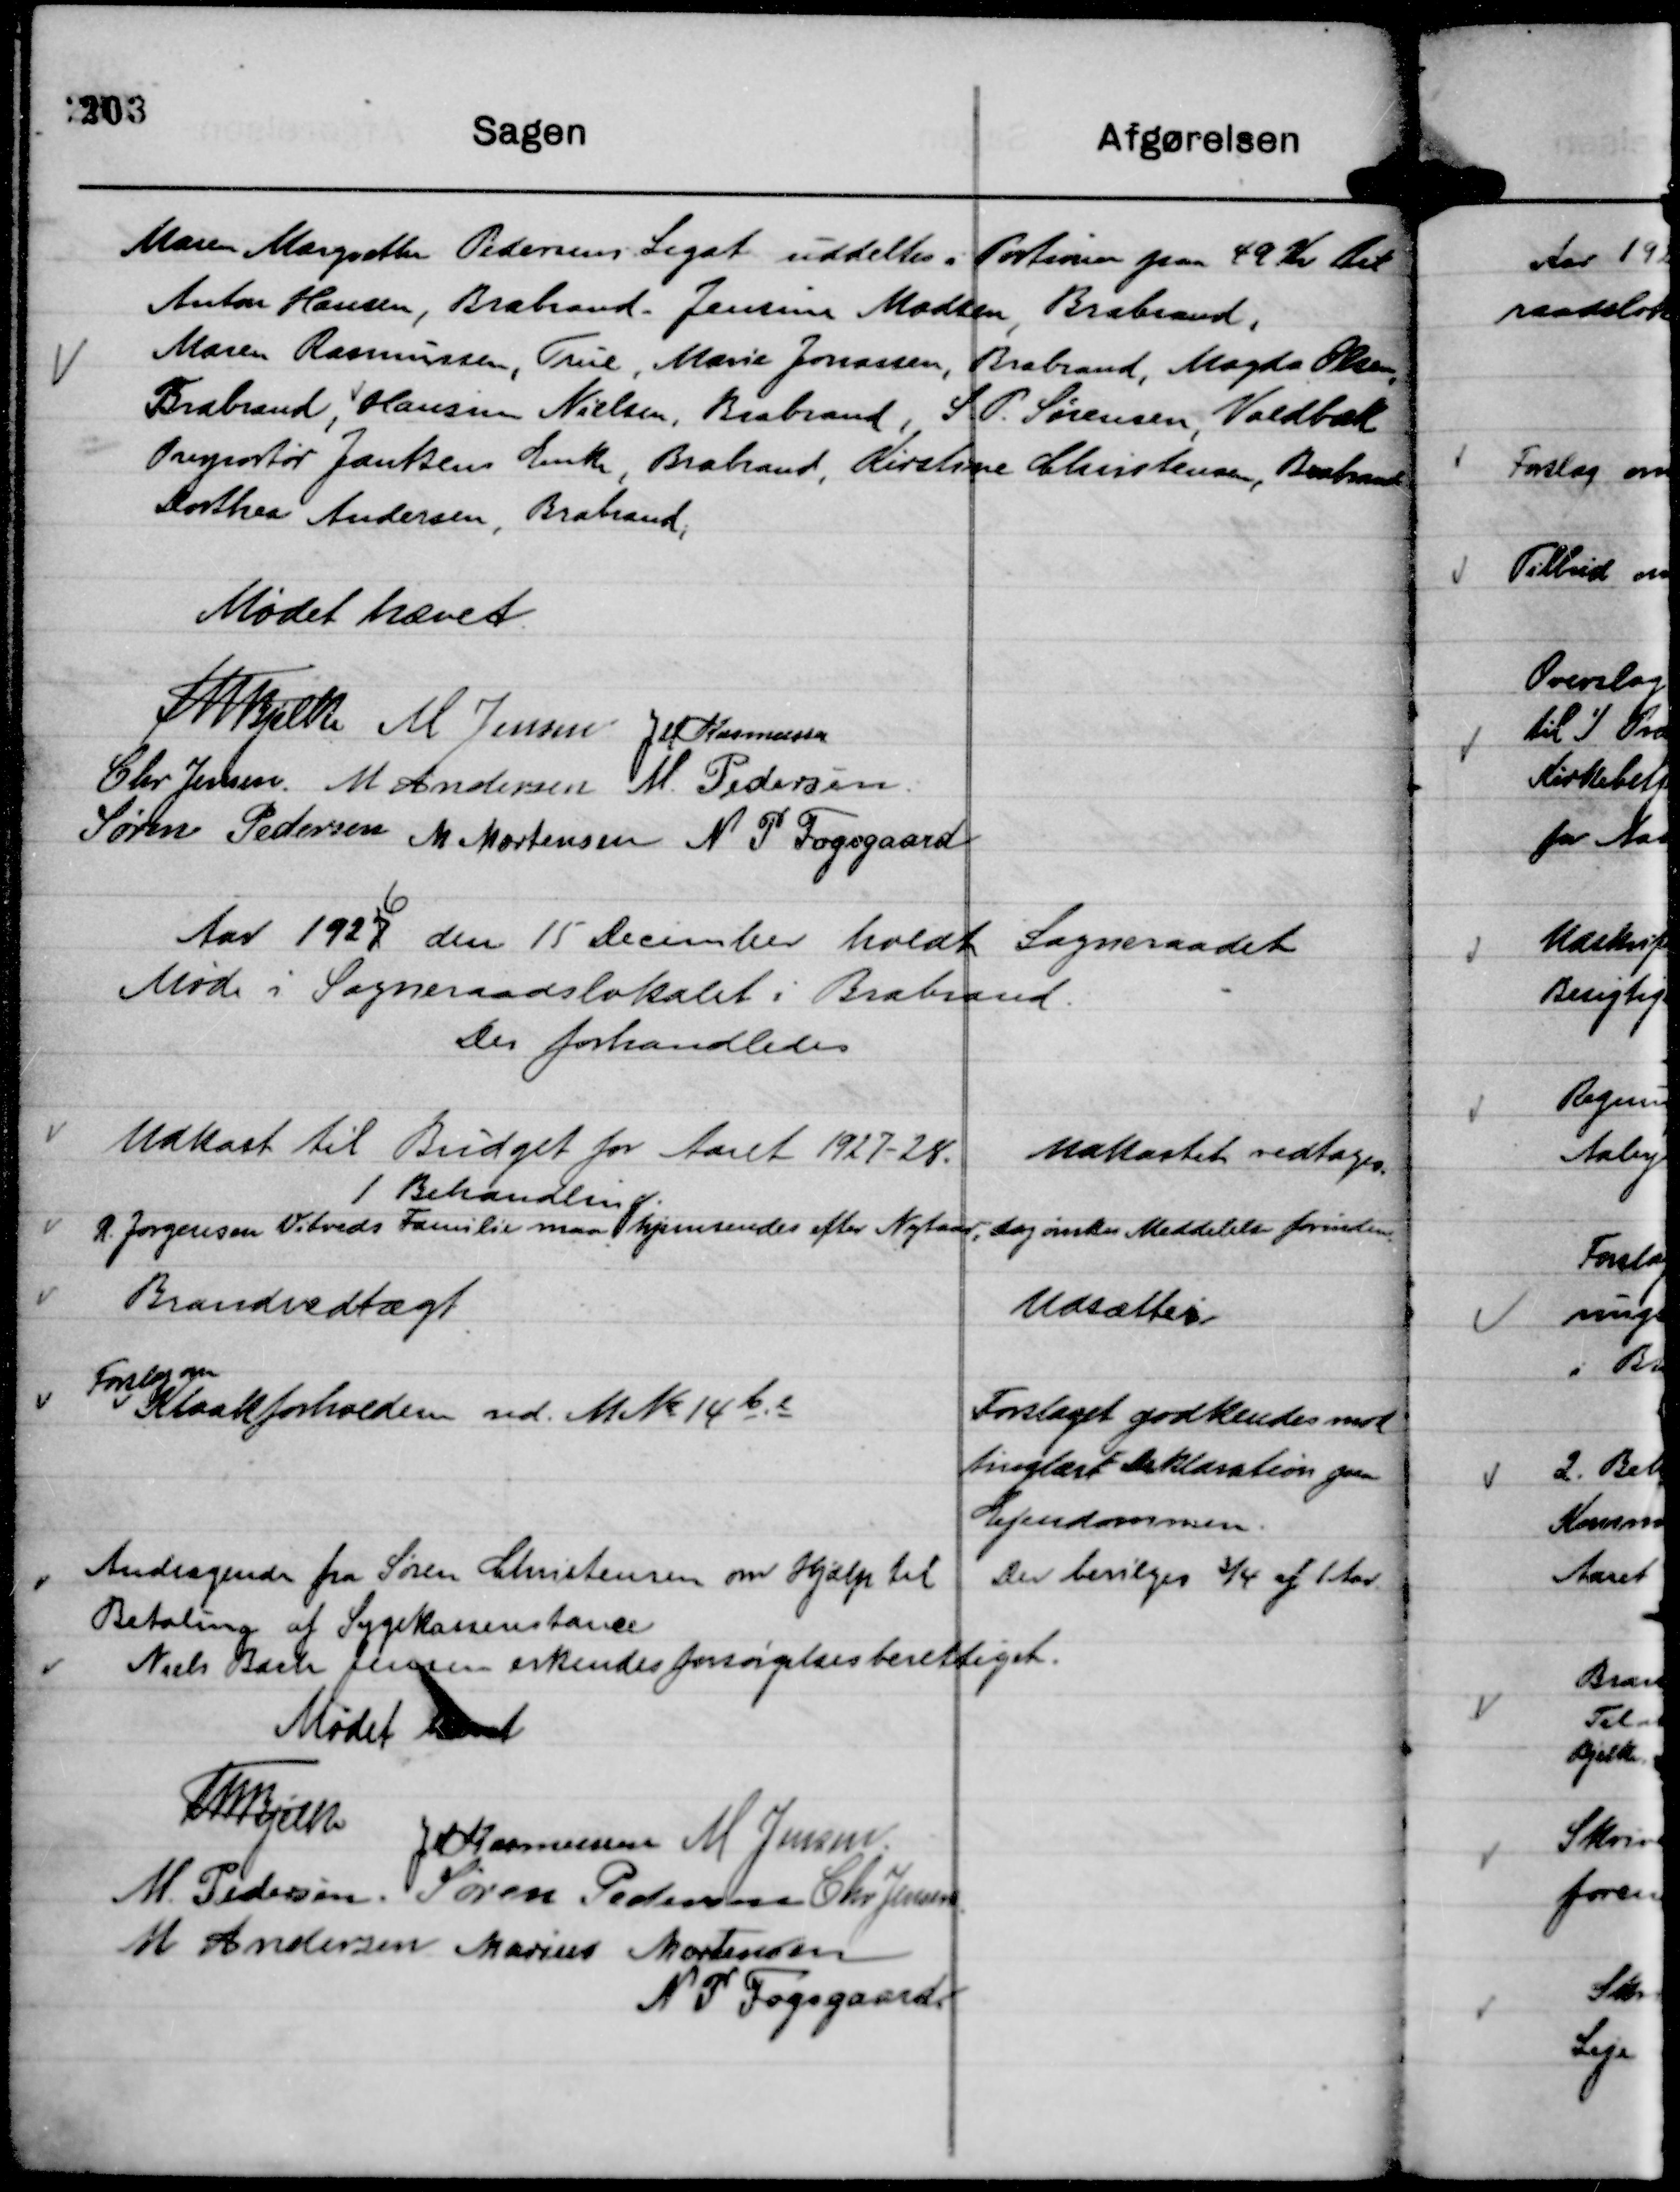
Transskription:
Maren Margrethe Pedersens Leget uddeltes i Portioner paa 49 Kr til
Anton Hansen, Brabrand - Jensine Madsen, Brabrand,
Maren Rasmussen, True, Marie Jonassen, Brabrand, Magda Olsen,
Brabrand, Hansine Nielsen, Brabrand, S P. Sørensen, Voldbæk
Overportør Jantzens Enke, Brabrand, Kirstine Christensen, Brabrand
Dorthea Andersen, Brabrand;

Mødet hævet.
Th Bjelke
M Jensen
J M Rasmussen
Chr Jensen.
M Andersen
M. Pedersen.
Søren Pedersen
M Mortensen
N P Fogsgaard

Aar 1927
6
den 15 December holdt Sogneraadet
Møde i Sogneraadslokalet i Brabrand.
Der forhandledes

Udkast til Budget for Aaret 1927 - 28.
1 Behandling.

Udkastet vedtages.

R. Jørgensen Vitveds Familie maa hjemsendes efter Nytaar,
dog ønskes Meddelelse forinden.

Brandvedtægt

Udsættes

Forslag om
Kloakforholdene ved. M No 14 b. e

Forslaget godkendes mod
tinglæst Deklaration paa
Ejendommen.

Andragende fra Søren Christensen om Hjælp til
Betaling af Sygekasserestance

Der bevilges ¾ af 1 Aar

Niels Bach Jensen erkendes forsørgelsesberettiget.

Mødet hævet
Th Bjelke
J M Rasmussen
M Jensen.
M Pedersen.
Søren Pedersen
Chr Jensen.
M Andersen
Marius Mortensen
N P Fogsgaard.